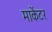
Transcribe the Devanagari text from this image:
माकेंटर